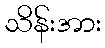
သိန်းအား